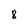
Character: 8